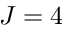
J = 4